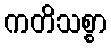
ကတိသစ္စာ